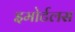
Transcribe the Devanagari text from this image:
इमोर्टलस